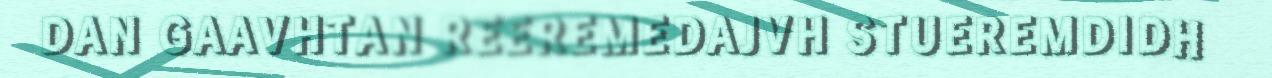
DAN GAAVHTAN REEREMEDAJVH STUEREMDIDH